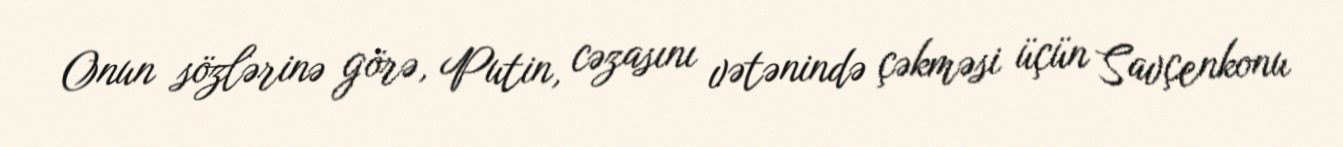
Onun sözlərinə görə, Putin, cəzasını vətənində çəkməsi üçün Savçenkonu